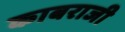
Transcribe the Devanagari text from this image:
काबराजी